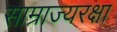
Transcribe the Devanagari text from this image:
साम्राज्यरक्षा